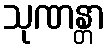
သုဏန္တာ